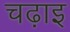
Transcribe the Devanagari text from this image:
चढ़ाइ